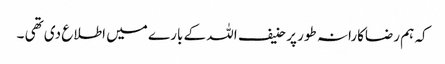
کہ ہم رضاکارانہ طور پر حنیف اللہ کے بارے میں اطلاع دی تھی ۔